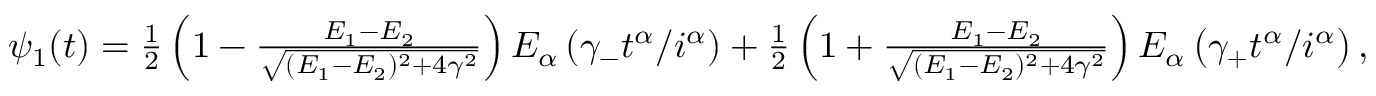
\begin{array} { r } { \psi _ { 1 } ( t ) = \frac { 1 } { 2 } \left( 1 - \frac { E _ { 1 } - E _ { 2 } } { \sqrt { ( E _ { 1 } - E _ { 2 } ) ^ { 2 } + 4 \gamma ^ { 2 } } } \right) E _ { \alpha } \left( \gamma _ { - } t ^ { \alpha } / i ^ { \alpha } \right) + \frac { 1 } { 2 } \left( 1 + \frac { E _ { 1 } - E _ { 2 } } { \sqrt { ( E _ { 1 } - E _ { 2 } ) ^ { 2 } + 4 \gamma ^ { 2 } } } \right) E _ { \alpha } \left( \gamma _ { + } t ^ { \alpha } / i ^ { \alpha } \right) , } \end{array}